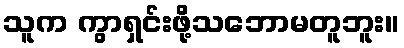
သူက ကွာရှင်းဖို့သဘောမတူဘူး။